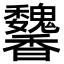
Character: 䭳